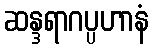
ဆန္ဒရာဂပ္ပဟာနံ